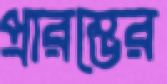
প্রারম্ভের